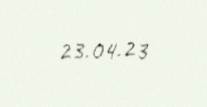
23.04.23